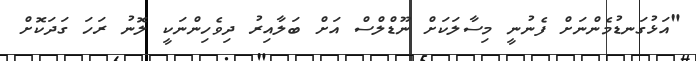
"އަޅުގަނޑުމެންނަށް ފެނުނީ މިސާލަކަށް ނޫޑްލްސް އަށް ބަލާއިިރު ދިވެހިންނަކީ ލޮނު ރަހަ ގަދަކޮށް